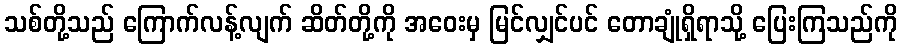
သစ်တို့သည် ကြောက်လန့်လျက် ဆိတ်တို့ကို အဝေးမှ မြင်လျှင်ပင် တောချုံရှိရာသို့ ပြေးကြသည်ကို